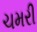
ચમરી